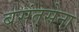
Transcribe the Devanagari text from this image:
बसंतसेना